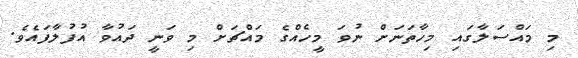
މި މައްސަލާގައި މިހާތަނަށް ނުވަ މީހެއްގެ މައްޗަށް މި ވަނީ ދައުވާ އުފުލާފައެވެ.